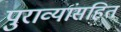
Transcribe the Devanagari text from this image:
पुराव्यांसहित